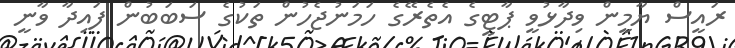
ރައީސް ޔާމީން ވިދާޅުވީ ޕާޓީގެ އެތެރޭގެ ހަމަނުޖެހުން ތަކުގެ ސަބަބުން ފައިދާ ވާނީ